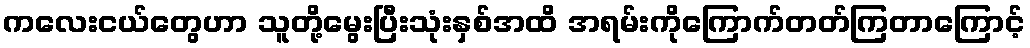
ကလေးငယ်တွေဟာ သူတို့မွေးပြီးသုံးနှစ်အထိ အရမ်းကိုကြောက်တတ်ကြတာကြောင့်